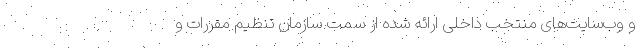
و وب‌سایت‌های منتخب داخلی ارائه شده از سمت سازمان تنظیم مقررات و